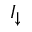
I _ { \downarrow }